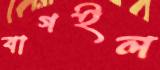
বাগইল